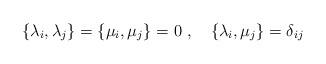
LaTeX: \begin{align*}\{\lambda_i,\lambda_j\}=\{\mu_i,\mu_j\}=0~, \quad \{\lambda_i,\mu_j\}=\delta_{ij}\end{align*}